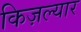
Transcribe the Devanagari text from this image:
किज़ल्यार